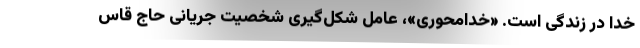
خدا در زندگی است. «خدامحوری»، عامل شکل‌گیری شخصیت جریانیِ حاج قاس